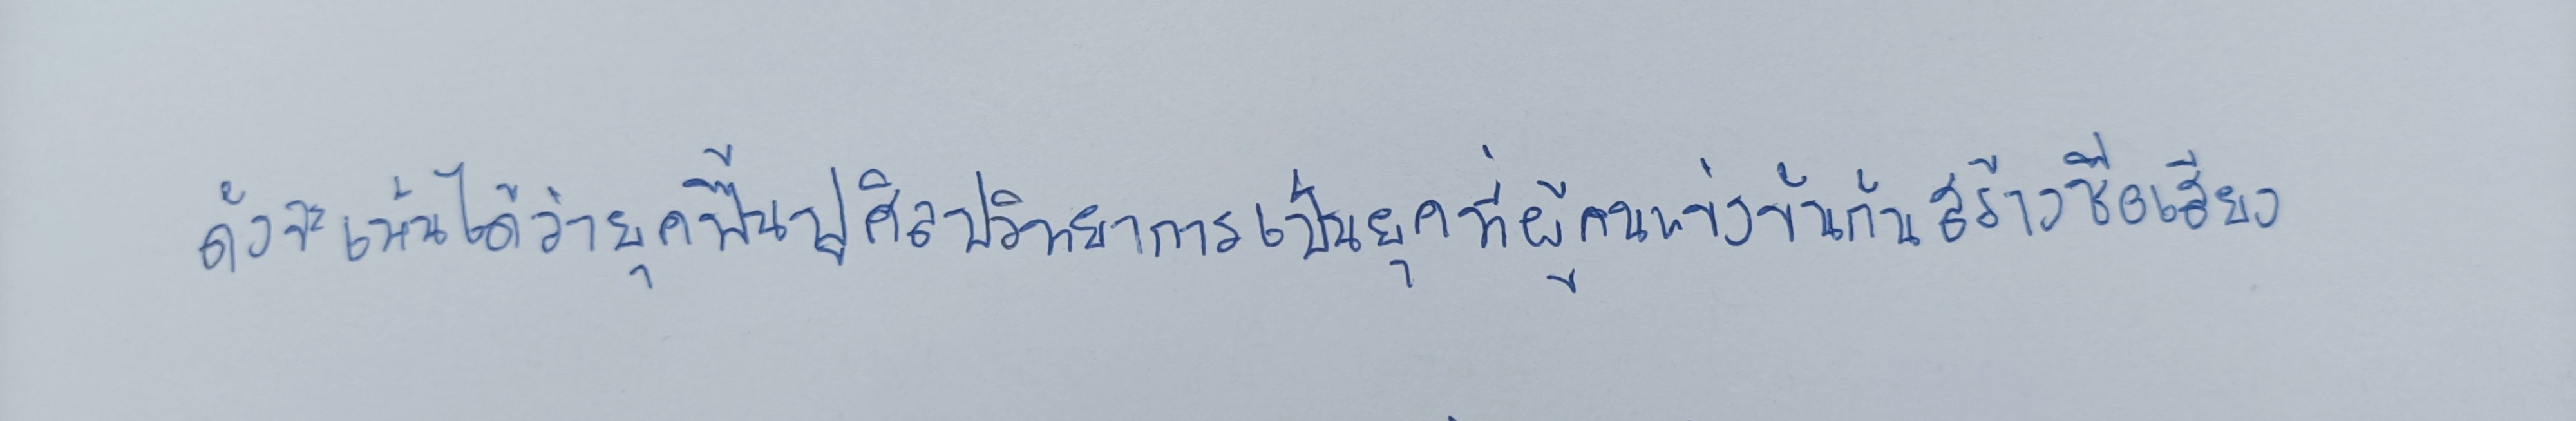
ดังจะเห็นได้ว่ายุคฟื้นฟูศิลปวิทยาการเป็นยุคที่ผู้คนแข่งขันกันสร้างชื่อเสียง